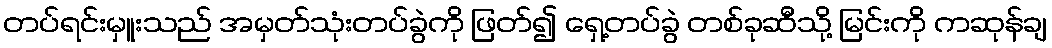
တပ်ရင်းမှူးသည် အမှတ်သုံးတပ်ခွဲကို ဖြတ်၍ ရှေ့တပ်ခွဲ တစ်ခုဆီသို့ မြင်းကို ကဆုန်ချ